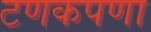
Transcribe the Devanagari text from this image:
टणकपणा